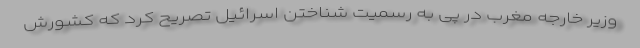
وزیر خارجه مغرب در پی به رسمیت شناختن اسرائیل تصریح کرد که کشورش